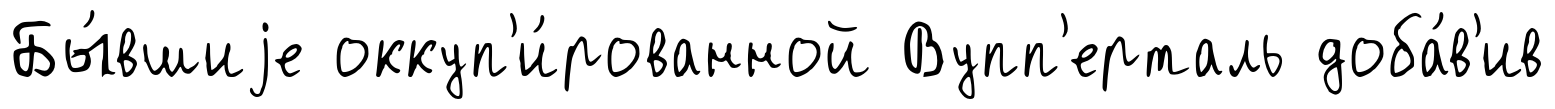
Бы́вшиjе оккуп'и́рованной Вупп'ерталь доба́в'ив